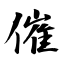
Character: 催